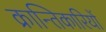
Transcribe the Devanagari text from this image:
क्रान्‍तिकारियों